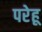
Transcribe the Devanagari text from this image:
परेहू